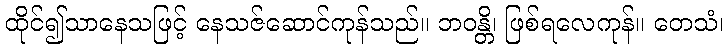
ထိုင်၍သာနေသဖြင့် နေသဇ်ဆောင်ကုန်သည်။ ဘဝန္တိ၊ ဖြစ်ရလေကုန်။ တေသံ၊